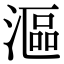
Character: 漚